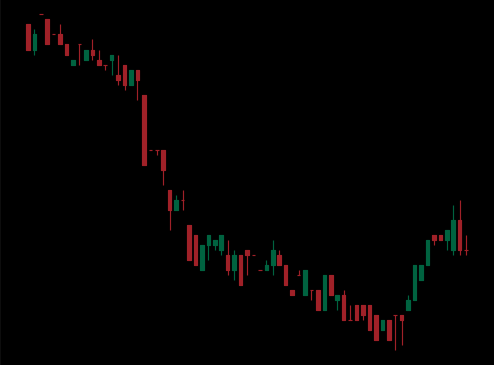
Pattern: bull_flag